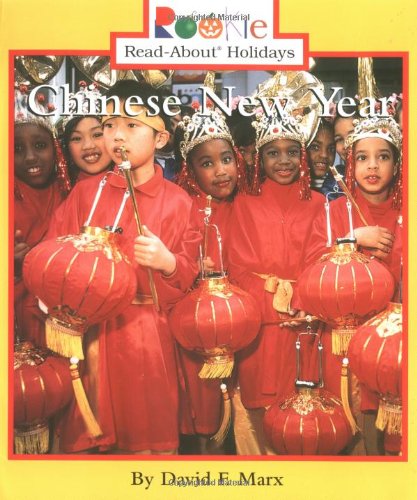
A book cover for Chinese New Year (Rookie Read-About Holidays); David F. Marx; Children's Books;